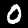
Digit: 0